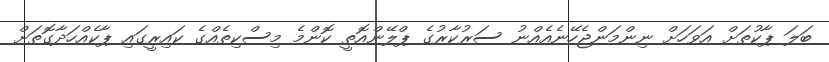
ބަލަ ޕާކުތަށް އަވަހަށް ނިންމަންޖެހޭނެއެއްނު ސަރުކާރުގެ ޕްލޭންއޮތީ ކޮންމެ މިސްކިތެއްގެ ކައިރީގައި ޕާކެއްހަދާގޮތަށް